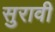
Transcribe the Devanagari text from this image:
सुरावी